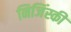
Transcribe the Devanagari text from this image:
निजिंस्की